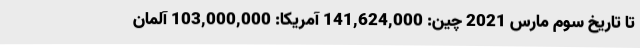
تا تاریخ سوم مارس 2021 چین: 141,624,000 آمریکا: 103,000,000 آلمان